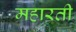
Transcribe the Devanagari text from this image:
महारती